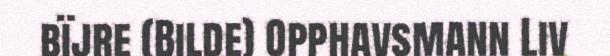
bïjre (Bilde) Opphavsmann Liv